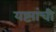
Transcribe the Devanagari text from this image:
यष्ट्यांची